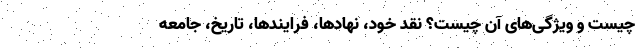
چیست و ویژگی‌های آن چیست؟ نقد خود، نهادها، فرایندها، تاریخ، جامعه